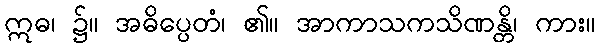
ဣဓ၊ ၌။ အဓိပ္ပေတံ၊ ၏။ အာကာသကသိဏန္တိ၊ ကား။